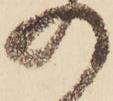
の